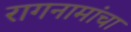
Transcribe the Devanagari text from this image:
रागनामांचा